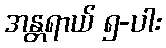
အန္တရာယ် ၅-ပါး